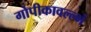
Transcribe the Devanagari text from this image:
गोपीकावल्ल्भं